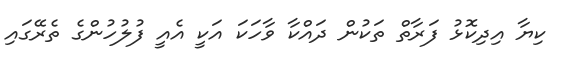
ކިޔާ އިދިކޮޅު ފަރާތް ތަކުން ދައްކާ ވާހަކަ އަކީ އެއީ ފުލުހުންގެ ތެރޭގައި